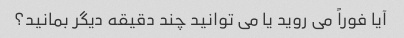
آیا فوراً می روید یا می توانید چند دقیقه دیگر بمانید؟